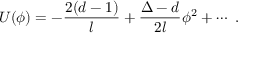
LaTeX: U ( \phi ) = - \frac { 2 ( d - 1 ) } l + \frac { \Delta - d } { 2 l } \phi ^ { 2 } + \cdots ~ .